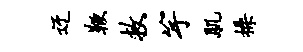
迂鞭救竽肌操